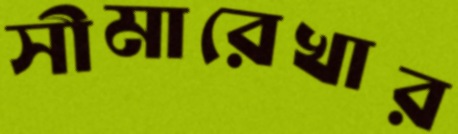
সীমারেখার